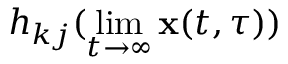
h _ { k j } ( \operatorname* { l i m } _ { t \rightarrow \infty } \mathbf { x } ( t , \tau ) )